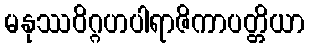
မနုဿဝိဂ္ဂဟပါရာဇိကာပတ္တိယာ